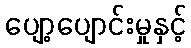
ပျော့ပျောင်းမှုနှင့်